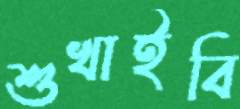
শুখাইবি